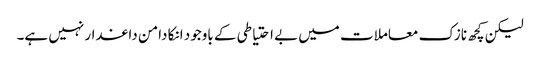
لیکن کچھ نازک معاملات میں بے احتیاطی کے باوجود انکا دامن داغدار نہیں ہے۔